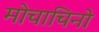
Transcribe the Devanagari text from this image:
मोचाचिनो